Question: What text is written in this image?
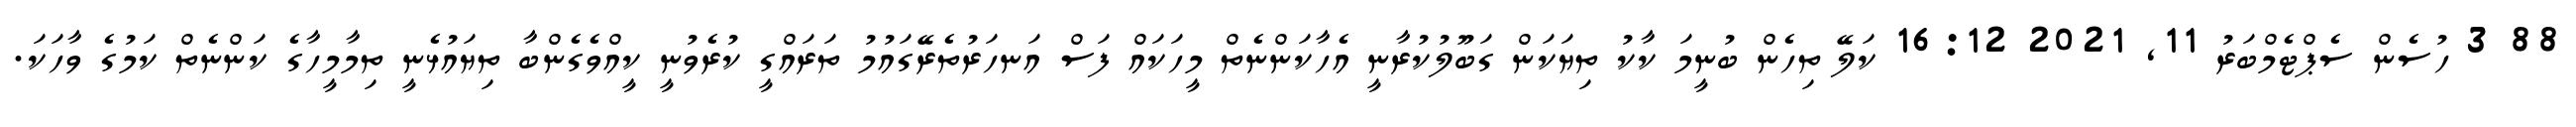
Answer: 88 3 ހުސެން ސެޕްޓެމްބަރު 11, 2021 16:12 ކަލޭ ތިހެން ބުނީމަ ކާކު ތިޔަކަން ގަބޫލުކުރާނީ އެހާކަންނެތް މީހަކައް ފަސް އަނހަރުތެރޭގައުމު ތަރައްގީ ކުރެވުނީ ކީއްވެގެންބާ ތިޔައުޅެނީ ތިމާމީހާގެ ކަންނެތް ކަމުގެ ވާހަކަ.